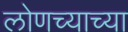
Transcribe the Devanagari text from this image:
लोणच्याच्या